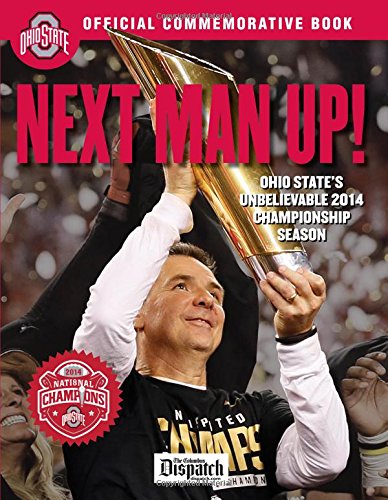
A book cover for Next Man Up!: Ohio State's Unbelievable 2014 Championship Season; The Columbus Dispatch; Sports & Outdoors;